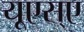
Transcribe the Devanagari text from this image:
यूएस्‌ए